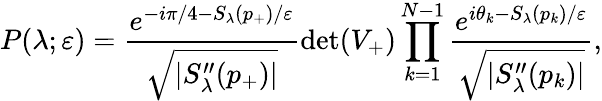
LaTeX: P(\lambda;\varepsilon)=\frac{e^{-i\pi/4-S_{\lambda}(p_{+})/\varepsilon}}{\sqrt{|S_{\lambda}^{\prime\prime}(p_{+})|}}\operatorname*{det}(V_{+})\prod_{k=1}^{N-1}\frac{e^{i\theta_{k}-S_{\lambda}(p_{k})/\varepsilon}}{\sqrt{|S_{\lambda}^{\prime\prime}(p_{k})|}},